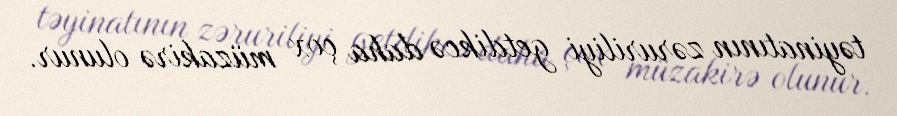
təyinatının zəruriliyi getdikcə daha çox müzakirə olunur.